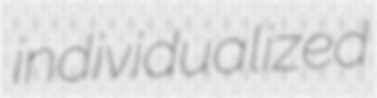
individualized